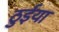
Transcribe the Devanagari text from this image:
ठुईया